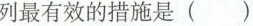
列最有效的措施是()